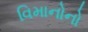
વિમાનોનો